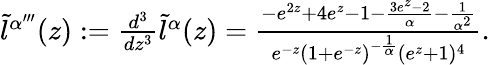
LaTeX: \begin{array}{r}{\tilde{l}^{\alpha^{\prime\prime\prime}}(z):=\frac{d^{3}}{dz^{3}}\tilde{l}^{\alpha}(z)=\frac{-e^{2z}+4e^{z}-1-\frac{3e^{z}-2}{\alpha}-\frac{1}{\alpha^{2}}}{e^{-z}\left(1+e^{-z}\right)^{-\frac{1}{\alpha}}(e^{z}+1)^{4}}.}\end{array}